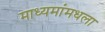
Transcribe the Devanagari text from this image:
माध्यमांमधला